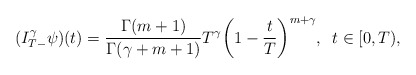
\begin{align*}(I^\gamma_{T-}\psi)(t)=\frac{\Gamma(m+1)}{\Gamma(\gamma+m+1)}T^{\gamma}\biggl(1-\frac{t}{T}\biggr)^{m+\gamma},\,\,\, t\in[0,T) ,\end{align*}